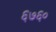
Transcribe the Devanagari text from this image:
६७६०